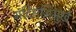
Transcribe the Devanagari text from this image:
मंदिराभिमुखे